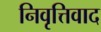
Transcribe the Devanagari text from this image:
निवृत्तिवाद